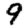
Digit: 9